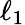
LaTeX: \ell_{1}